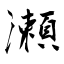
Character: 瀬